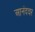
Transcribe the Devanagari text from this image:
आनंदवर